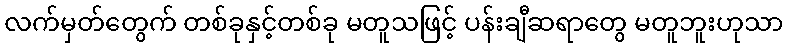
လက်မှတ်တွေက် တစ်ခုနှင့်တစ်ခု မတူသဖြင့် ပန်းချီဆရာတွေ မတူဘူးဟုသာ